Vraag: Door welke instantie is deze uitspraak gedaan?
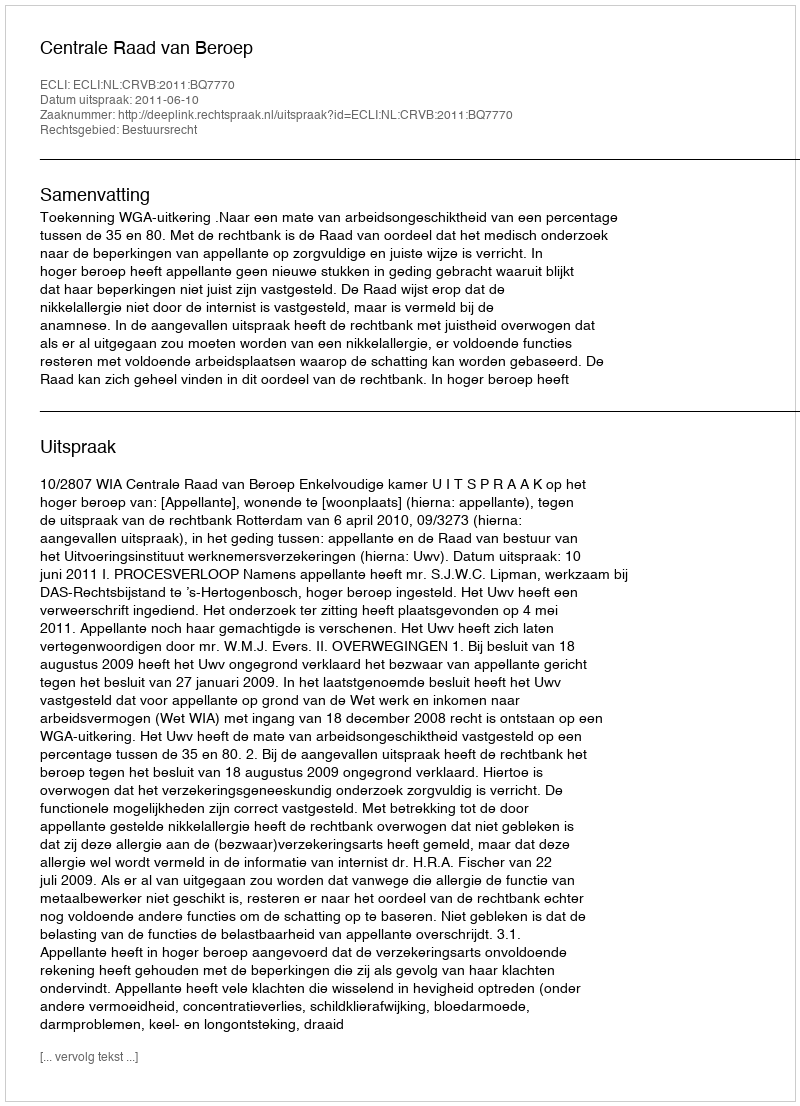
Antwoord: Centrale Raad van Beroep